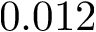
0 . 0 1 2